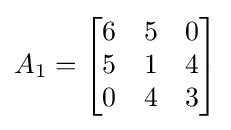
A_{1}={\begin{bmatrix}6&5&0\\5&1&4\\0&4&3\\\end{bmatrix}}